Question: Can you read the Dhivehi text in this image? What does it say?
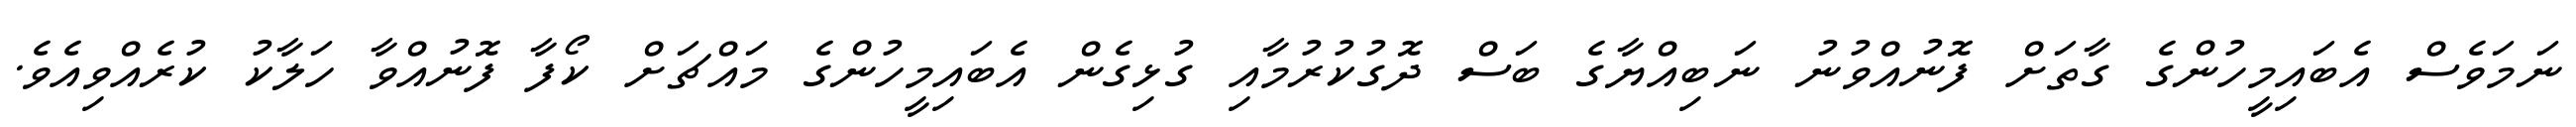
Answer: ނަމަވެސް އެބައިމީހުންގެ ގާތަށް ފޮނުއްވުނު ނަބިއްޔާގެ ބަސް ދޮގުކުރުމާއި ގުޅިގެން އެބައިމީހުންގެ މައްޗަށް ކޯފާ ފޮނުއްވާ ހަލާކު ކުރެއްވިއެވެ.